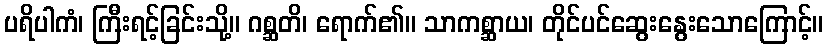
ပရိပါကံ၊ ကြီးရင့်ခြင်းသို့။ ဂစ္ဆတိ၊ ရောက်၏။ သာကစ္ဆာယ၊ တိုင်ပင်ဆွေးနွေးသောကြောင့်။